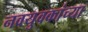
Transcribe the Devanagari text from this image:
नवयुवकांच्या